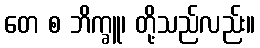
တေ စ ဘိက္ခူ၊ တို့သည်လည်း။